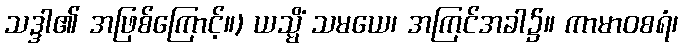
သဒ္ဒါ၏ အဖြစ်ကြောင့်။) ယသ္မိံ သမယေ၊ အကြင်အခါ၌။ ကာမာဝစရံ၊